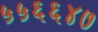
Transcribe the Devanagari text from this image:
५५६६४७